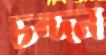
চন্দন